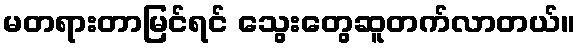
မတရားတာမြင်ရင် သွေးတွေဆူတက်လာတယ်။